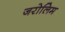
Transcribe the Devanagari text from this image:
जरोलिम